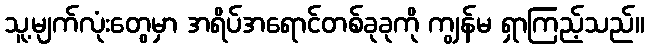
သူ့မျက်လုံးတွေမှာ အရိပ်အရောင်တစ်ခုခုကို ကျွန်မ ရှာကြည့်သည်။